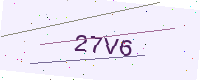
Text: 27V6